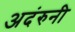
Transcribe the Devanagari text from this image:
अदंरुनी